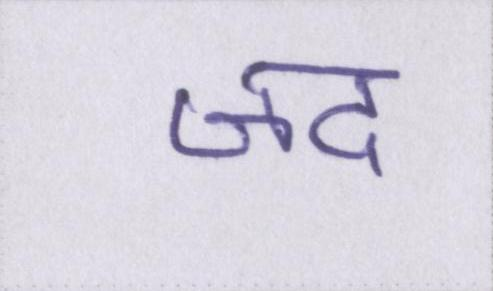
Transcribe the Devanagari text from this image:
जद